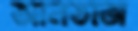
আনতাজ